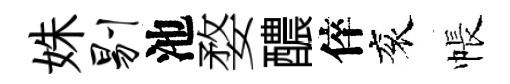
姝剔池婺醲倅衮帳